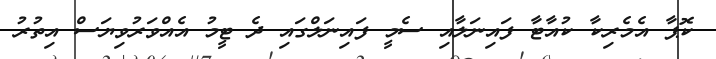
ކޮޕާ އެމެރިކާ ކުއާޓާ ފައިނަލާއި ސެމީ ފައިނަލްގައި ދެ ޓީމު އެއްވަރުވިޔަސް އިތުރު